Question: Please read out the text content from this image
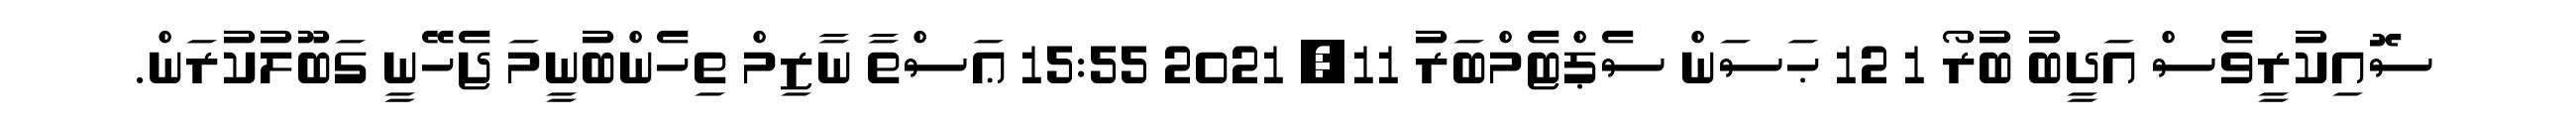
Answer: ސޮއިކުރީވެސް އަދީބު ބުރޯ 1 12 ޙަސަން ސެޕްޓެމްބަރު 11, 2021 15:55 ޢަސްތާ ނާޒިމް ތިހެންބުނީމަ ޖެހޭނީ ގަބޫލުކުރަން.